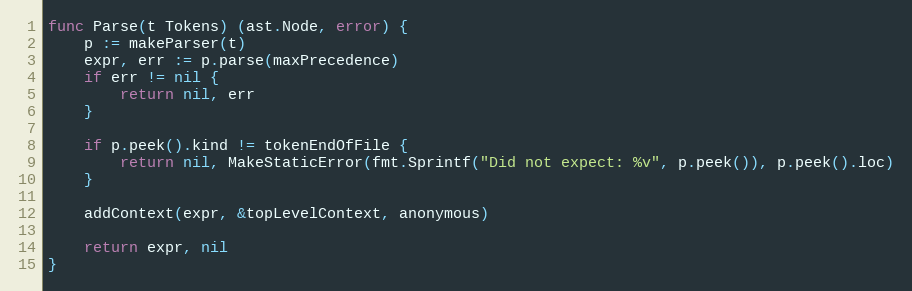
Language: Go
func Parse(t Tokens) (ast.Node, error) {
	p := makeParser(t)
	expr, err := p.parse(maxPrecedence)
	if err != nil {
		return nil, err
	}

	if p.peek().kind != tokenEndOfFile {
		return nil, MakeStaticError(fmt.Sprintf("Did not expect: %v", p.peek()), p.peek().loc)
	}

	addContext(expr, &topLevelContext, anonymous)

	return expr, nil
}